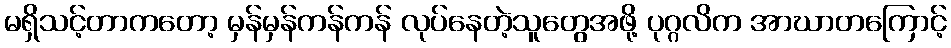
မရှိသင့်တာကတော့ မှန်မှန်ကန်ကန် လုပ်နေတဲ့သူတွေအဖို့ ပုဂ္ဂလိက အာဃာတကြောင့်